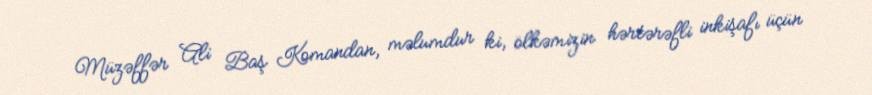
Müzəffər Ali Baş Komandan, məlumdur ki, ölkəmizin hərtərəfli inkişafı üçün